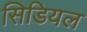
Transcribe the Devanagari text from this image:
सिडियल